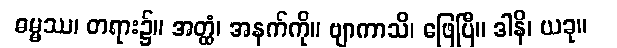
ဓမ္မဿ၊ တရား၌။ အတ္ထံ၊ အနက်ကို။ ဗျာကာသိ၊ ဖြေပြီ။ ဒါနိ၊ ယခု။